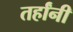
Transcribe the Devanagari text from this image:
तर्हांनी